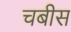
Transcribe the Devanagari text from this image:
चबीस